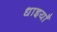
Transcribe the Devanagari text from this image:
धाइयाँ